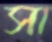
সা